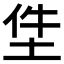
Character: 𡋚